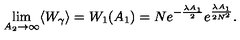
\lim _ { A _ { 2 } \rightarrow \infty } \langle W _ { \gamma } \rangle = W _ { 1 } ( A _ { 1 } ) = N e ^ { - \frac { \lambda A _ { 1 } } { 2 } } e ^ { \frac { \lambda A _ { 1 } } { 2 N ^ { 2 } } } .